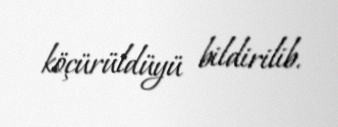
köçürüldüyü bildirilib.